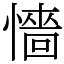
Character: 懎